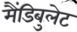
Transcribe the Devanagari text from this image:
मैंडिबुलेट